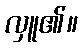
လှူ၏။